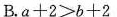
B. $$a + 2 ≥ b + 2$$